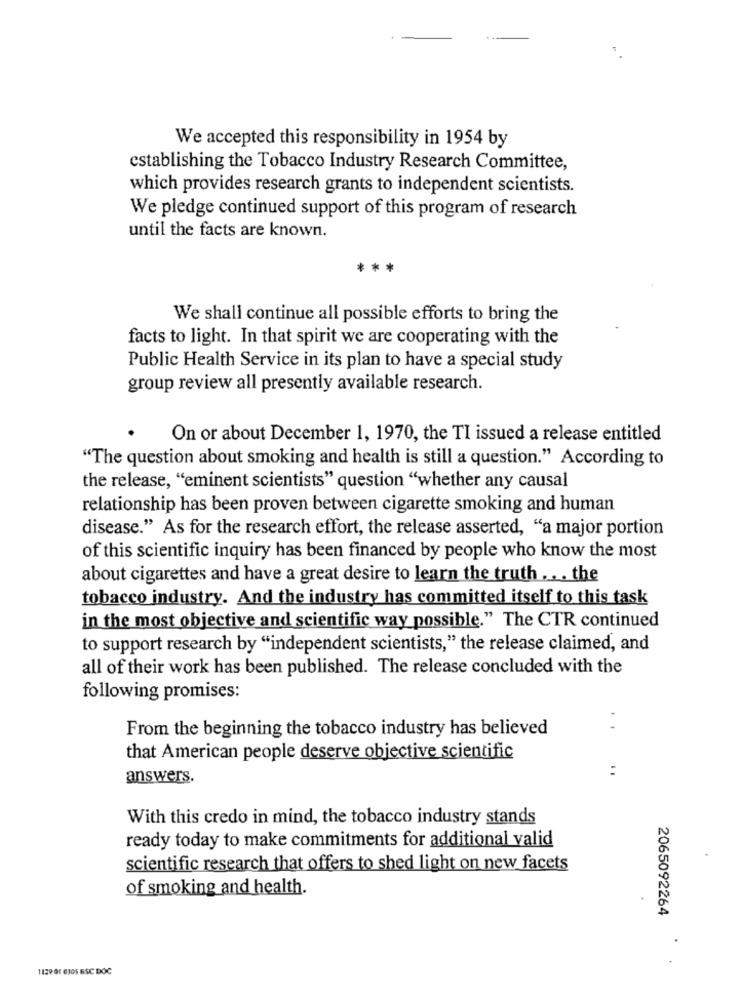
We accepted this responsibility in 1954 by
establishing the Tobacco Industry Research Committee,
which provides research grants to independent scientists.
We pledge continued support of this program of research
until the facts are known.
We shall continue all possible efforts to bring the
facts to light. In that spirit we are cooperating with the
Public Health Service in its plan to have a special study
group review all presently available research.
On or about December 1, 1970, the TI issued a release entitled
"The question about smoking and health is still a question." According to
the release, "eminent scientists" question "whether any causal
relationship has been proven between cigarette smoking and human
disease." As for the research effort, the release asserted, "a major portion
of this scientific inquiry has been financed by people who know the most
about cigarettes and have a great desire to learn the truth ... the
tobacco industry. And the industry has committed itself to this task
in the most objective and scientific way possible." The CTR continued
to support research by "independent scientists," the release claimed, and
all of their work has been published. The release concluded with the
following promises:
From the beginning the tobacco industry has believed
. .
that American people deserve objective scientific
answers.
With this credo in mind, the tobacco industry stands
ready today to make commitments for additional valid
scientific research that offers to shed light on new facets
of smoking and health.
2065092264
112901 6105 6SC DOC